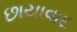
છાયાવાદ